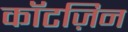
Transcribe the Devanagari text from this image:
कॉटज़िन